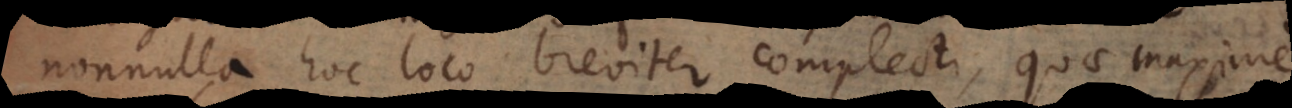
nonnulla hoc loco breviter complecti, quae maxime